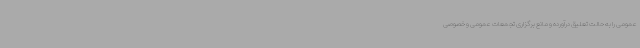
عمومی را به حالت تعلیق درآورده و مانع برگزاری تجمعات عمومی و خصوصی